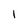
Character: 1